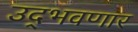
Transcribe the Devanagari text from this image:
उद्‌भवणार